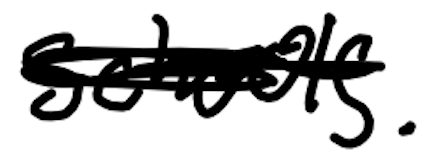
Text: schools.
Cross-out: scratch
Writing tool: digital_black